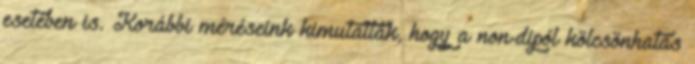
esetében is. Korábbi méréseink kimutatták, hogy a non-dipól kölcsönhatás